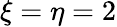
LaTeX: \xi=\eta=2